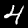
Digit: 4